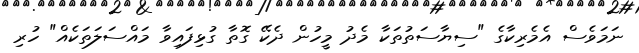
ނަމަވެސް އެމެރިކާގެ "ސިޔާސަތުތަކާ މެދު މީހުން ދެކޭ ގޮތާ ގުޅިފައިވާ މައްސަލަތަކެއް" ހުރި